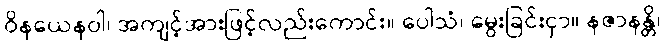
ဝိနယေနဝါ၊ အကျင့်အားဖြင့်လည်းကောင်း။ ပေါသံ၊ မွေးခြင်းငှာ။ နဇာနန္တိ၊